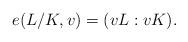
LaTeX: \begin{align*}e(L/K,v)=(vL:vK).\end{align*}